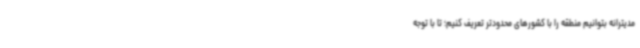
مدیترانه بتوانیم منطقه را با کشورهای محدودتر تعریف کنیم؛ تا با توجه